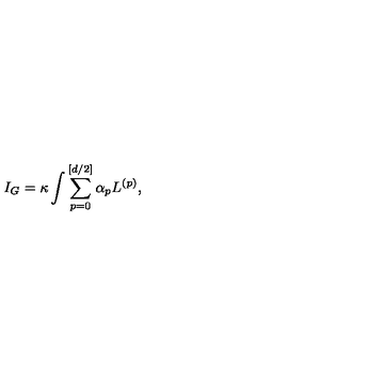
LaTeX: I _ { G } = \kappa \int \sum _ { p = 0 } ^ { [ d / 2 ] } \alpha _ { p } L ^ { ( p ) } ,